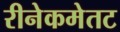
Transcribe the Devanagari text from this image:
रीनेकमेतट